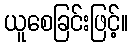
ယူစေခြင်းဖြင့်။